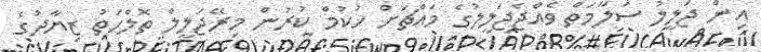
އިން ޖަލީލު ސަލާމަތް ވެއްޖެޖަލީލުގެ މައްޗަށް ހުކުމް ކުރުން މިރޭޖަލީލް ތޮލްހަތު ޒިޔާދުގެ